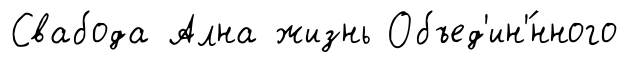
Свабода Ална жизнь Объед'ин'́нного